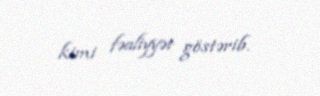
kimi fəaliyyət göstərib.